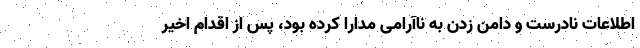
اطلاعات نادرست و دامن زدن به ناآرامی مدارا کرده بود، پس از اقدام اخیر